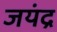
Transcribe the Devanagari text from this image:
जयंद्र